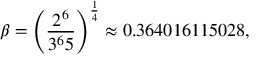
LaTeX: \beta = \left( { \frac { 2 ^ { 6 } } { 3 ^ { 6 } 5 } } \right) ^ { \frac { 1 } { 4 } } \approx 0 . 3 6 4 0 1 6 1 1 5 0 2 8 ,